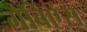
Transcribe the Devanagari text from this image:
गैबिएंस